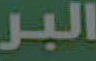
البر